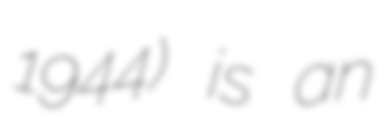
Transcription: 1944) is an